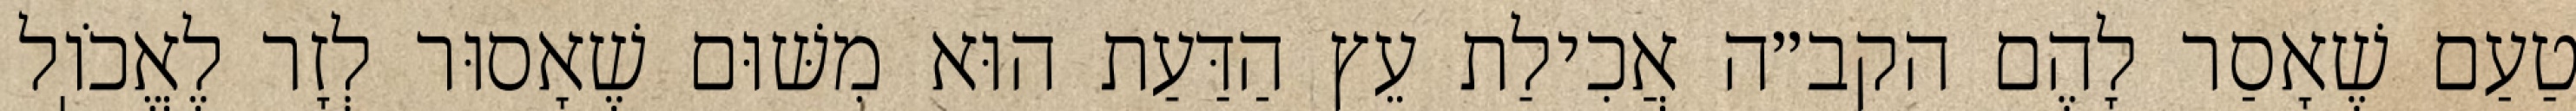
טַעַם שֶׁאָסַר לָהֶם הקב״ה אֲכִילַת עֵץ הַדַּעַת הוּא מִשּׁוּם שֶׁאָסוּר לְזָר לֶאֱכֹוֽל